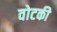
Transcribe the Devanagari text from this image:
वोटकी